Annual administration report of the Civil Veterinary Department, Ajmere-Merwara, British Rajputana - 1914-1940
Year: 1914
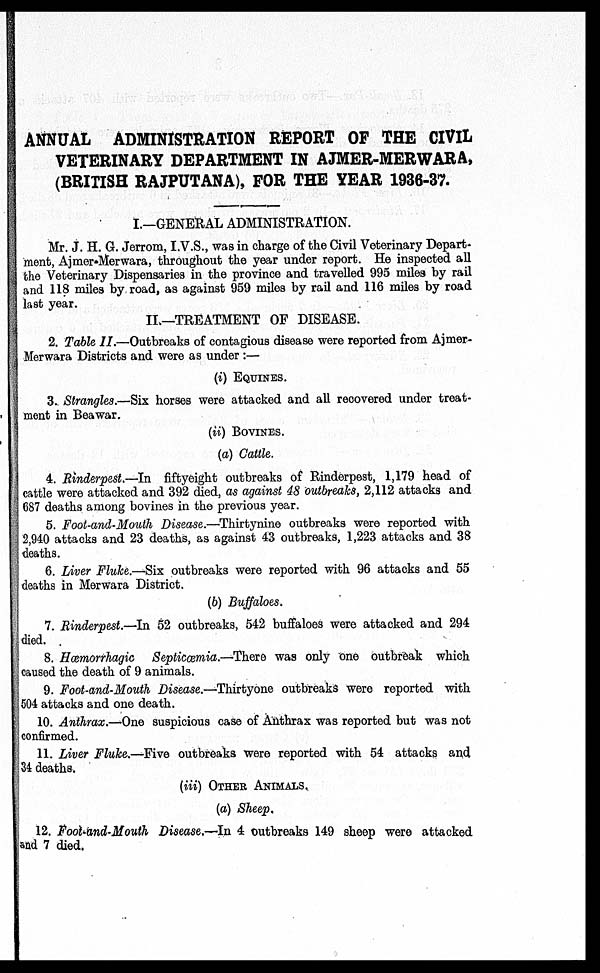
ANNUAL ADMINISTRATION REPORT OF THE CIVIL
VETERINARY DEPARTMENT IN AJMER-MERWARA,
(BRITISH RAJPUTANA), FOR THE YEAR 1936-37.
I.—GENERAL ADMINISTRATION.
Mr. J. H. G. Jerrom, I.V.S., was in charge of the Civil Veterinary Depart-
ment, Ajmer-Merwara, throughout the year under report. He inspected all
the Veterinary Dispensaries in the province and travelled 995 miles by rail
and 118 miles by road, as against 959 miles by rail and 116 miles by road
last year.
II.—TREATMENT OF DISEASE.
2. Table II.—Outbreaks of contagious disease were reported from Ajmer-
Merwara Districts and were as under :—
(i) EQUINES.
3. Strangles.—Six horses were attacked and all recovered under treat-
ment in Beawar.
(ii) BOVINES.
(a) Cattle.
4. Rinderpest.—In fiftyeight outbreaks of Rinderpest, 1,179 head of
cattle were attacked and 392 died, as against 48 outbreaks, 2,112 attacks and
687 deaths among bovines in the previous year.
5. Foot-and-Mouth Disease.—Thirtynine outbreaks were reported with
2,940 attacks and 23 deaths, as against 43 outbreaks, 1,223 attacks and 38
deaths.
6. Liver Fluke.—Six outbreaks were reported with 96 attacks and 55
deaths in Merwara District.
(b) Buffaloes.
7. Rinderpest.—In 52 outbreaks, 542 buffaloes were attacked and 294
died.
8. Hœmorrhagic Septicœmia.—There was only one outbreak which
caused the death of 9 animals.
9. Foot-and-Mouth Disease.—Thirtyone outbreaks were reported with
504 attacks and one death.
10. Anthrax.—One suspicious case of Anthrax was reported but was not
confirmed.
11. Liver Fluke.—Five outbreaks were reported with 54 attacks and
34 deaths.
(iii) OTHER ANIMALS
(a) Sheep.
12. Foot-and-Mouth Disease.—In 4 outbreaks 149 sheep were attacked
and 7 died.